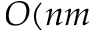
O ( n m